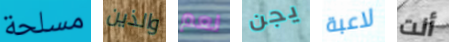
مسلحة والذين نعم يجن لاعبة أنت